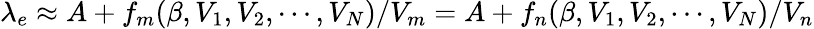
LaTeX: \lambda_{e}\approx A+f_{m}(\beta,V_{1},V_{2},\cdots,V_{N})/V_{m}=A+f_{n}(\beta,V_{1},V_{2},\cdots,V_{N})/V_{n}